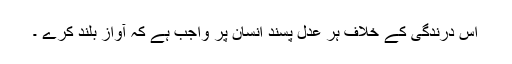
اس درندگی کے خلاف ہر عدل پسند انسان پر واجب ہے کہ آواز بلند کرے ۔